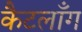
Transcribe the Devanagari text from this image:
कैटलाँग